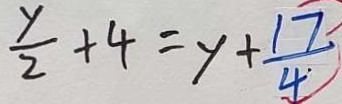
\frac { y } { 2 } + 4 = y + \frac { 1 7 } { 4 }